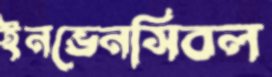
ইনভেনসিবল